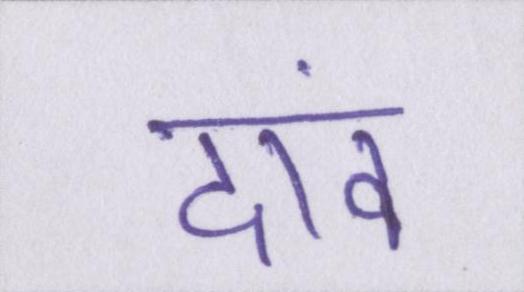
दांव